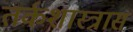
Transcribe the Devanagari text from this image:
तर्कशास्त्रास